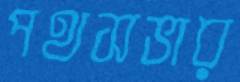
পথসভার